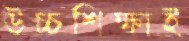
উচ্চশিক্ষাই